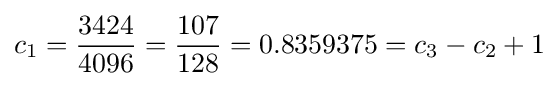
c_{1}={\frac {3424}{4096}}={\frac {107}{128}}=0.8359375=c_{3}-c_{2}+1